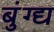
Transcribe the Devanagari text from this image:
बुंग्द्य